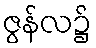
ဇွန်လ၌